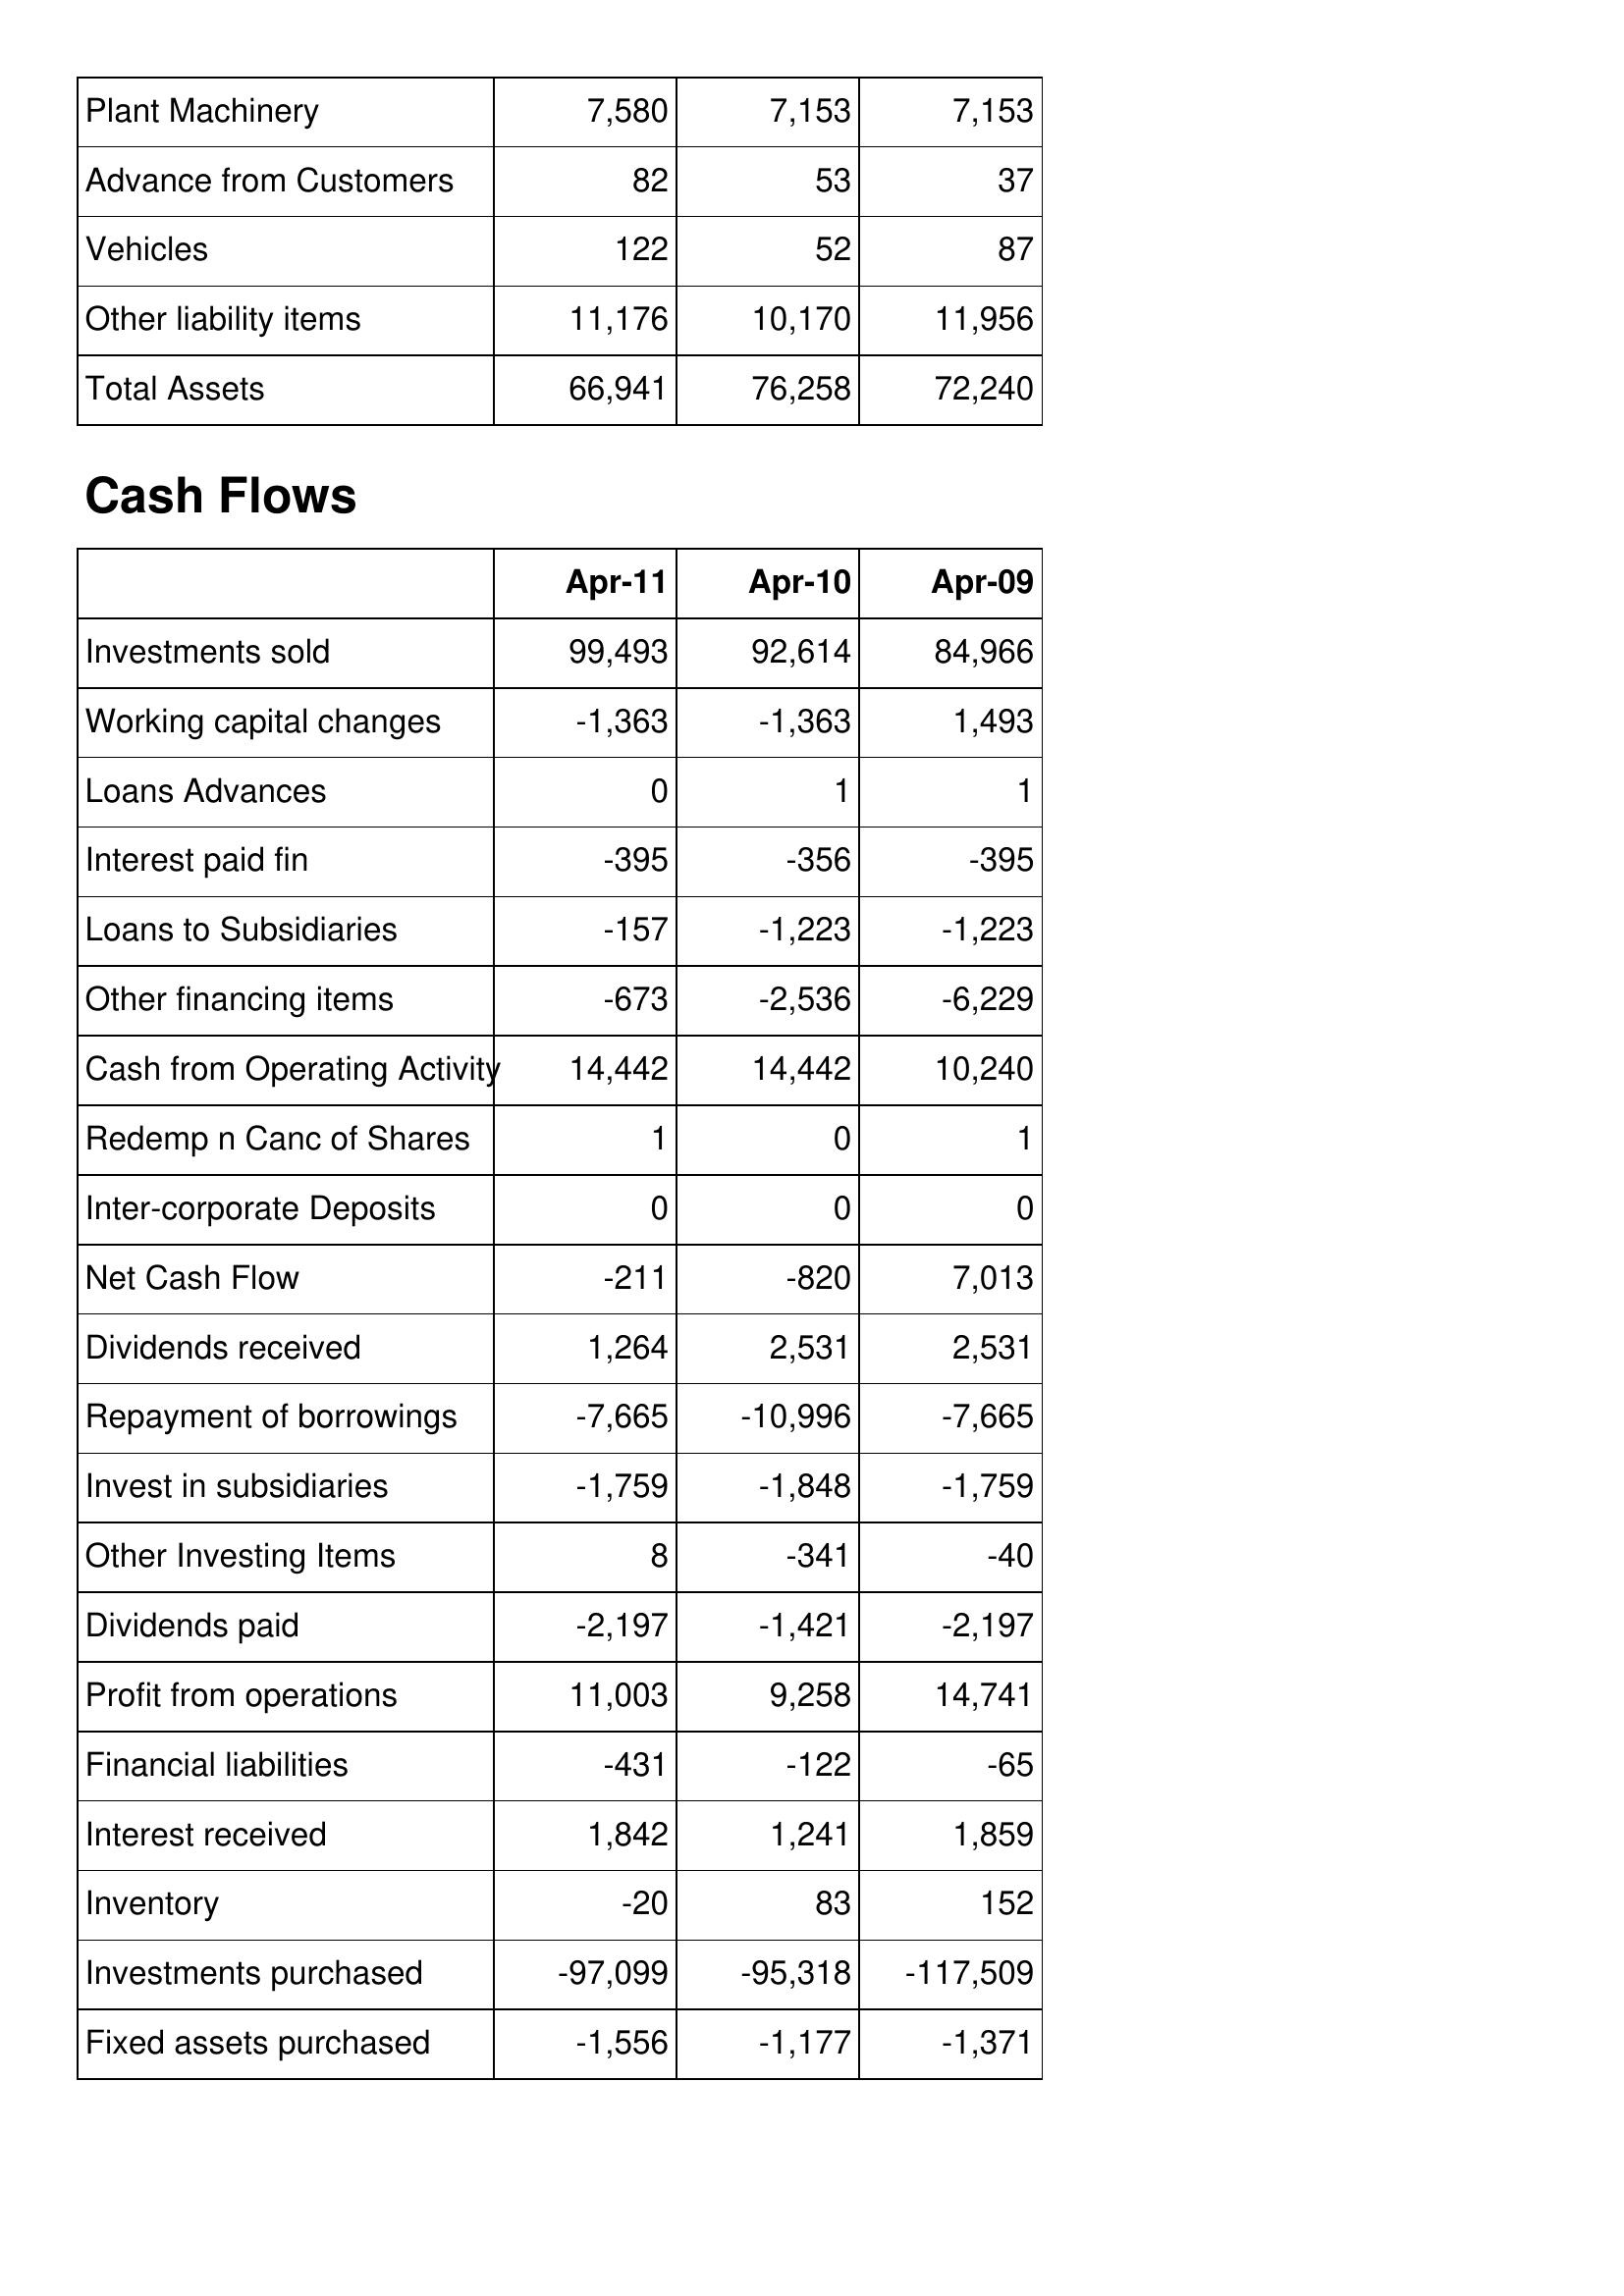
Apr-11: Balance Sheet: Plant Machinery: 7,580
Advance from Customers: 82
Vehicles: 122
Other liability items: 11,176
Total Assets: 66,941
Cash Flows: Investments sold: 99,493
Working capital changes: -1,363
Loans Advances: 0
Interest paid fin: -395
Loans to Subsidiaries: -157
Other financing items: -673
Cash from Operating Activity: 14,442
Redemp n Canc of Shares: 1
Inter-corporate Deposits: 0
Net Cash Flow: -211
Dividends received: 1,264
Repayment of borrowings: -7,665
Invest in subsidiaries: -1,759
Other Investing Items: 8
Dividends paid: -2,197
Profit from operations: 11,003
Financial liabilities: -431
Interest received: 1,842
Inventory: -20
Investments purchased: -97,099
Fixed assets purchased: -1,556
Apr-10: Balance Sheet: Plant Machinery: 7,153
Advance from Customers: 53
Vehicles: 52
Other liability items: 10,170
Total Assets: 76,258
Cash Flows: Investments sold: 92,614
Working capital changes: -1,363
Loans Advances: 1
Interest paid fin: -356
Loans to Subsidiaries: -1,223
Other financing items: -2,536
Cash from Operating Activity: 14,442
Redemp n Canc of Shares: 0
Inter-corporate Deposits: 0
Net Cash Flow: -820
Dividends received: 2,531
Repayment of borrowings: -10,996
Invest in subsidiaries: -1,848
Other Investing Items: -341
Dividends paid: -1,421
Profit from operations: 9,258
Financial liabilities: -122
Interest received: 1,241
Inventory: 83
Investments purchased: -95,318
Fixed assets purchased: -1,177
Apr-09: Balance Sheet: Plant Machinery: 7,153
Advance from Customers: 37
Vehicles: 87
Other liability items: 11,956
Total Assets: 72,240
Cash Flows: Investments sold: 84,966
Working capital changes: 1,493
Loans Advances: 1
Interest paid fin: -395
Loans to Subsidiaries: -1,223
Other financing items: -6,229
Cash from Operating Activity: 10,240
Redemp n Canc of Shares: 1
Inter-corporate Deposits: 0
Net Cash Flow: 7,013
Dividends received: 2,531
Repayment of borrowings: -7,665
Invest in subsidiaries: -1,759
Other Investing Items: -40
Dividends paid: -2,197
Profit from operations: 14,741
Financial liabilities: -65
Interest received: 1,859
Inventory: 152
Investments purchased: -117,509
Fixed assets purchased: -1,371